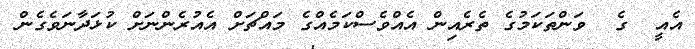
އެއީ  ގެ  ވަންތަކަމުގެ ތެރެއިން އެއްވެސްކަމެއްގެ މައްޗަށް އެއުރެންނަށް ކުޅަދާނަވެގެން